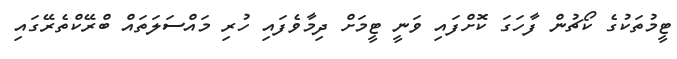
ޓީމުތަކުގެ ކޯޗުން ފާހަގަ ކޮށްފައި ވަނީ ޓީމަށް ދިމާވެފައި ހުރި މައްސަލަތައް ބްރޭކްތެރޭގައި